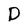
Character: D